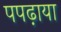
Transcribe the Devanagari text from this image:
पपढ़ाया